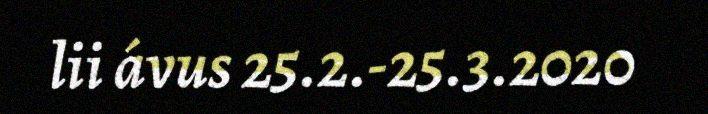
lii ávus 25.2.-25.3.2020